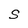
Character: S